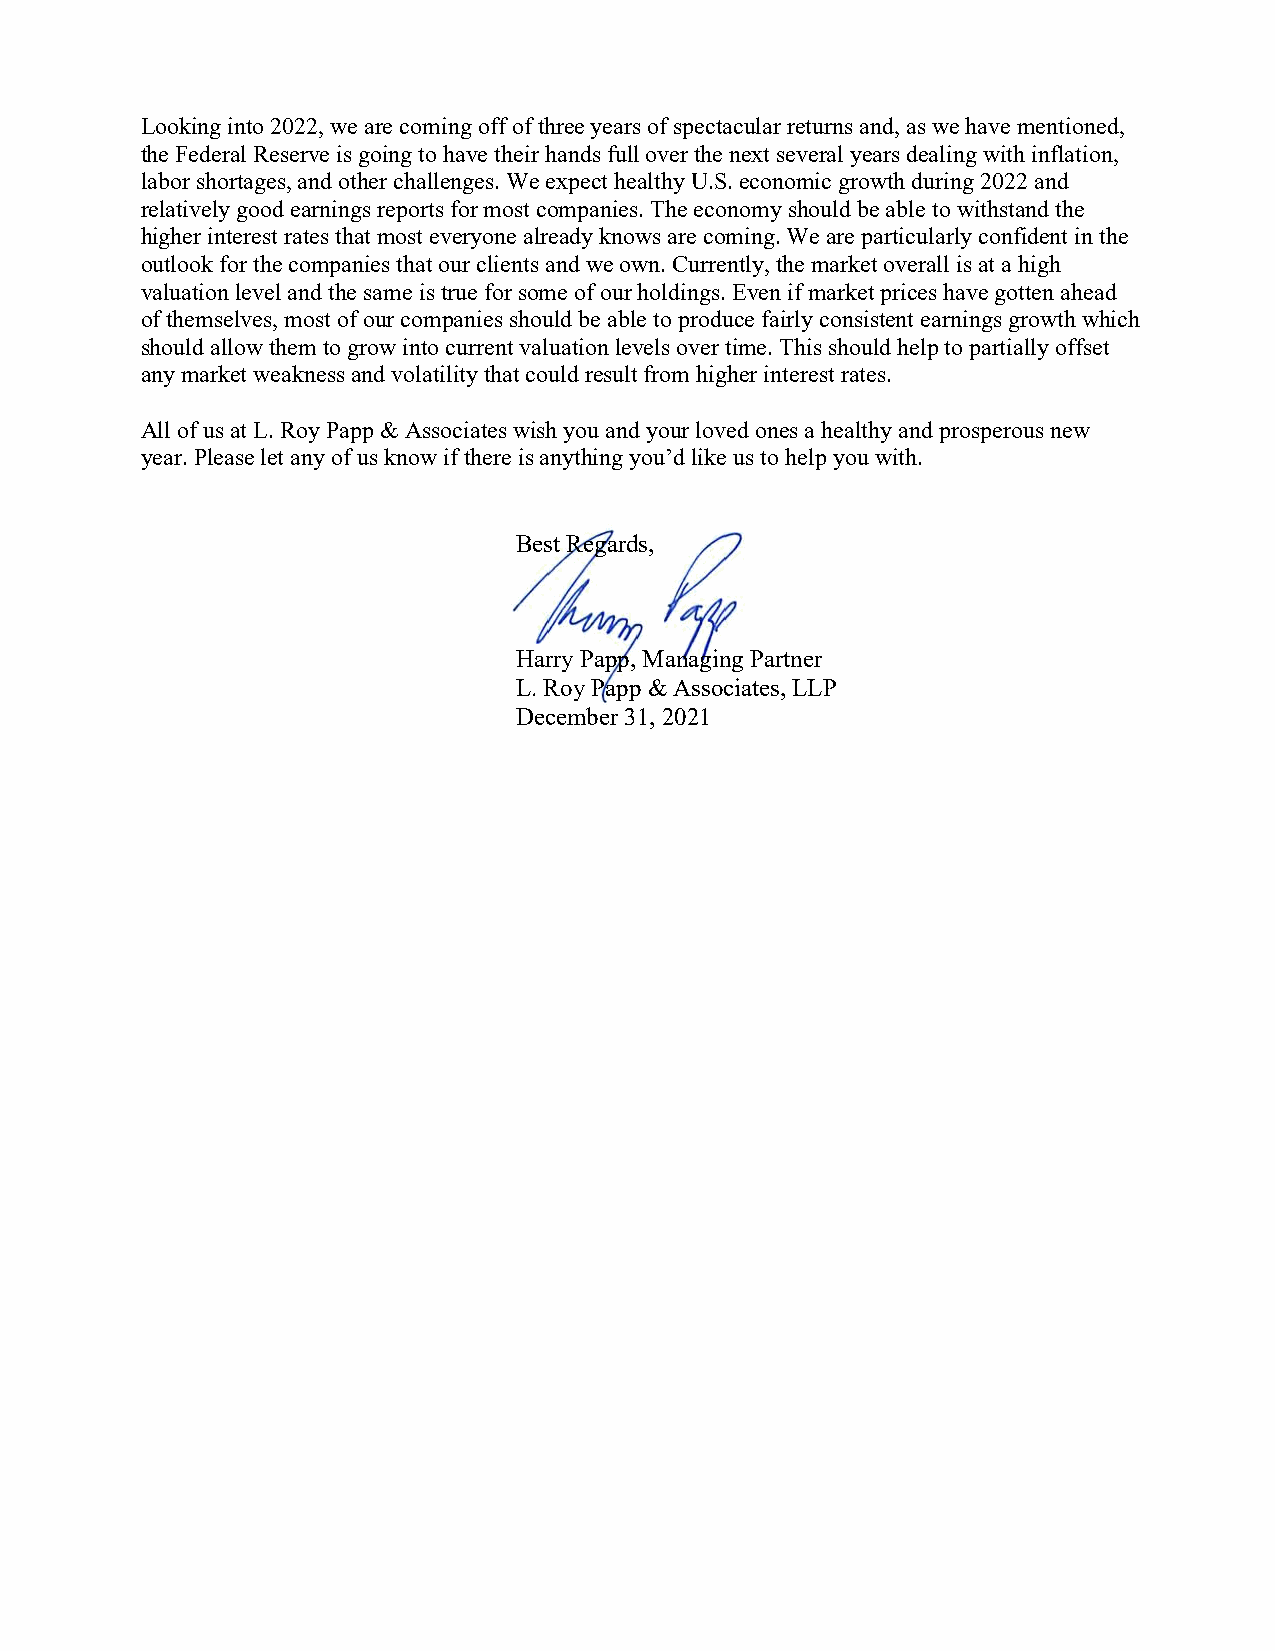
Looking into 2022, we are coming off of three years of spectacular returns and, as we have mentioned,
 the Federal Reserve is going to have their hands full over the next several years dealing with inflation,
 labor shortages, and other challenges. We expect healthy U.S. economic growth during 2022 and
 relatively good earnings reports for most companies. The economy should be able to withstand the
 higher interest rates that most everyone already knows are coming. We are particularly confident in the
 outlook for the companies that our clients and we own. Currently, the market overall is at a high
 valuation level and the same is true for some of our holdings. Even if market prices have gotten ahead
 of themselves, most of our companies should be able to produce fairly consistent earnings growth which
 should allow them to grow into current valuation levels over time. This should help to partially offset
 any market weakness and volatility that could result from higher interest rates.
 All of us at L. Roy Papp & Associates wish you and your loved ones a healthy and prosperous new
 year. Please let any of us know if there is anything you’d like us to help you with.
 Best Regards,
 Harry Papp, Managing Partner
 L. Roy Papp & Associates, LLP
 December 31, 2021